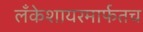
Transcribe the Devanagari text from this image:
लँकेशायरमार्फतच